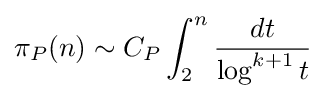
\pi _{P}(n)\sim C_{P}\int _{2}^{n}{\frac {dt}{\log ^{k+1}t}}